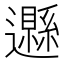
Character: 𨘩